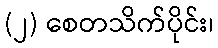
(၂) စေတသိက်ပိုင်း၊